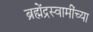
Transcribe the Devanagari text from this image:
ब्रह्मेंद्रस्वामींच्या